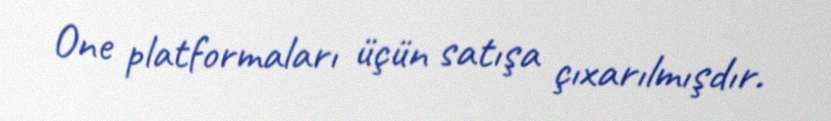
One platformaları üçün satışa çıxarılmışdır.